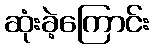
ဆုံးခဲ့ကြောင်း